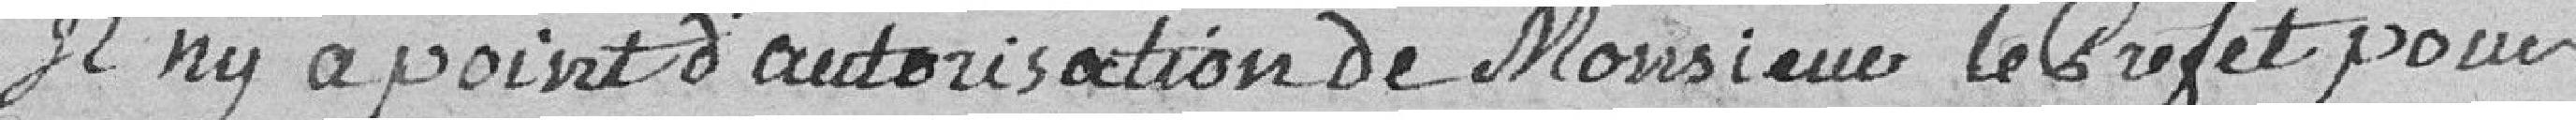
Il n'y a point d'autorisation de Monsieur le Préfet pour